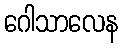
ဂေါသာလေန